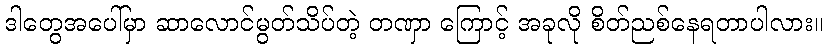
ဒါတွေအပေါ်မှာ ဆာလောင်မွတ်သိပ်တဲ့ တဏှာ ကြောင့် အခုလို စိတ်ညစ်နေရတာပါလား။